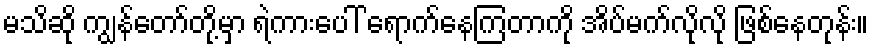
မသိဆို ကျွန်တော်တို့မှာ ရဲကားပေါ် ရောက်နေကြတာကို အိပ်မက်လိုလို ဖြစ်နေတုန်း။